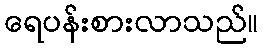
ရေပန်းစားလာသည်။